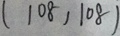
( 1 0 8 , 1 0 \dot { 8 } )